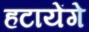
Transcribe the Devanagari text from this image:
हटायेंगे